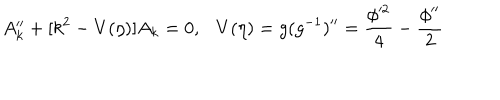
LaTeX: A _ { k } ^ { \prime \prime } + [ k ^ { 2 } - V ( \eta ) ] A _ { k } = 0 , V ( \eta ) = g ( g ^ { - 1 } ) ^ { \prime \prime } = \frac { \phi ^ { 2 } } { 4 } - \frac { \phi ^ { \prime \prime } } { 2 }